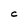
Character: C